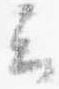
云